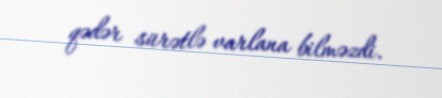
qədər sürətlə varlana bilməzdi.